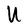
Character: U